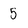
Character: 5